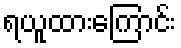
ရယူထားကြောင်း